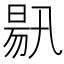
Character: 𣈟